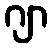
ဂျာ